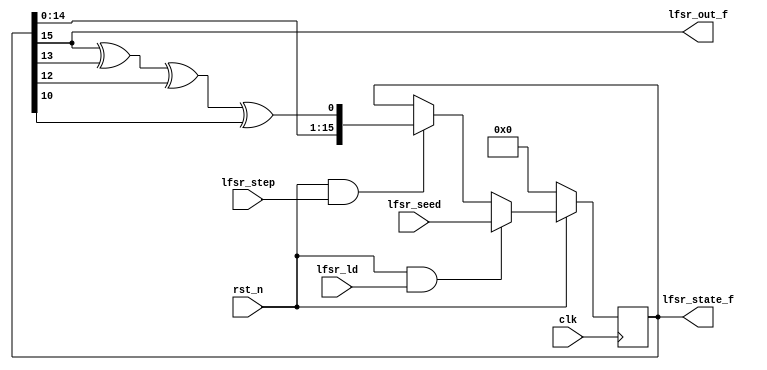
// Copyright (c) 2015 Princeton University
// All rights reserved.
// 
// Redistribution and use in source and binary forms, with or without
// modification, are permitted provided that the following conditions are met:
//     * Redistributions of source code must retain the above copyright
//       notice, this list of conditions and the following disclaimer.
//     * Redistributions in binary form must reproduce the above copyright
//       notice, this list of conditions and the following disclaimer in the
//       documentation and/or other materials provided with the distribution.
//     * Neither the name of Princeton University nor the
//       names of its contributors may be used to endorse or promote products
//       derived from this software without specific prior written permission.
// 
// THIS SOFTWARE IS PROVIDED BY PRINCETON UNIVERSITY "AS IS" AND
// ANY EXPRESS OR IMPLIED WARRANTIES, INCLUDING, BUT NOT LIMITED TO, THE IMPLIED
// WARRANTIES OF MERCHANTABILITY AND FITNESS FOR A PARTICULAR PURPOSE ARE
// DISCLAIMED. IN NO EVENT SHALL PRINCETON UNIVERSITY BE LIABLE FOR ANY
// DIRECT, INDIRECT, INCIDENTAL, SPECIAL, EXEMPLARY, OR CONSEQUENTIAL DAMAGES
// (INCLUDING, BUT NOT LIMITED TO, PROCUREMENT OF SUBSTITUTE GOODS OR SERVICES;
// LOSS OF USE, DATA, OR PROFITS; OR BUSINESS INTERRUPTION) HOWEVER CAUSED AND
// ON ANY THEORY OF LIABILITY, WHETHER IN CONTRACT, STRICT LIABILITY, OR TORT
// (INCLUDING NEGLIGENCE OR OTHERWISE) ARISING IN ANY WAY OUT OF THE USE OF THIS
// SOFTWARE, EVEN IF ADVISED OF THE POSSIBILITY OF SUCH DAMAGE.

/*
//  Description:
//      An LFSR for the Execution Drafting random thread synchronization method.
//      The LFSR provides pseudo-randomness in selecting a random thread to execute.
//      It is a 16-bit LFSR with the following polynomial:
//          x^16 + x^14 + x^13 + x^11 + 1
*/

module sparc_ifu_esl_lfsr 
(
    input               clk,
    input               rst_n,

    // Seeding the LFSR
    input [15:0]        lfsr_seed,
    input               lfsr_ld,

    // Enable signal for LFSR
    input               lfsr_step,

    // LFSR state output
    output reg [15:0]   lfsr_state_f,

    // LFSR bit stream output
    output reg          lfsr_out_f
);

    //
    // Signal Declarations
    //
    
    // LFSR next state
    reg [15:0]          lfsr_state_next;

    //
    // Sequential logic
    //

    // State flip-flops
    always @ (posedge clk)
    begin
        if (~rst_n)
            lfsr_state_f <= 16'b0;
        else
            lfsr_state_f <= lfsr_state_next;
    end
    
    //
    // Combinational Logic
    // 
    
    always @ *
    begin
        // Next state logic
        lfsr_state_next = lfsr_state_f;
        if (rst_n && lfsr_ld)
            lfsr_state_next = lfsr_seed;
        else if (rst_n && lfsr_step)
            lfsr_state_next = {lfsr_state_f[14:0], 
                               lfsr_state_f[15] ^ lfsr_state_f[13] ^ lfsr_state_f[12] ^ lfsr_state_f[10]};

        // Output bitstream comes from the 16th state bit
        lfsr_out_f = lfsr_state_f[15];
    end

endmodule // sparc_esl_lfsr